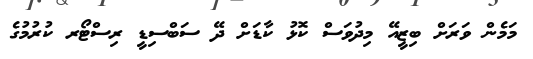
މަމެން ވަރަށް ބިޒީއޭ މިދުވަސް ކޮޅު ކާޑަށް ދޭ ސަބްސިޑީ ރިސްޓޯރ ކުރުމުގެ